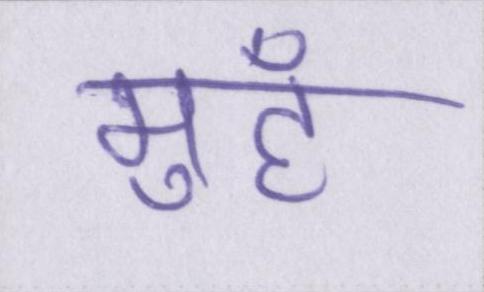
मुहँ